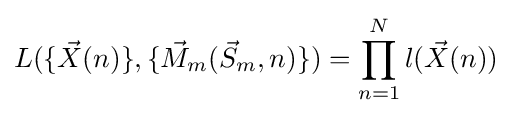
L(\{{\vec {X}}(n)\},\{{\vec {M}}_{m}({\vec {S}}_{m},n)\})=\prod _{n=1}^{N}{l({\vec {X}}(n))}